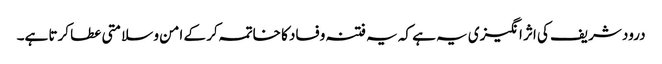
درود شریف کی اثر انگیزی یہ ہے کہ یہ فتنہ وفساد کا خاتمہ کر کے امن و سلامتی عطا کرتا ہے۔